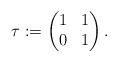
LaTeX: \begin{align*}\tau:=\begin{pmatrix}1 & 1 \\0&1 \end{pmatrix}.\end{align*}